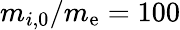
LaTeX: m_{i,0}/m_{\mathrm{e}}=100